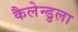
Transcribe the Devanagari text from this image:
कैलेन्डुला